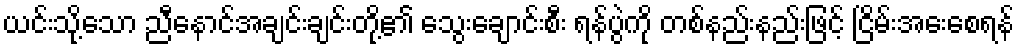
ယင်းသို့သော ညီနောင်အချင်းချင်းတို့၏ သွေးချောင်းစီး ရန်ပွဲကို တစ်နည်းနည်းဖြင့် ငြိမ်းအေးစေရန်